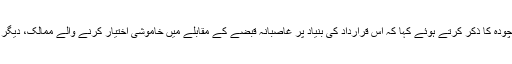
انہوں نے اقوام متحدہ کی جنرل اسمبلی کی قرارداد تینتیس چودہ کا ذکر کرتے ہوئے کہا کہ اس قرارداد کی بنیاد پر غاصبانہ قبضے کے مقابلے میں خاموشی اختیار کرنے والے ممالک، دیگر قوموں اور ملکوں پر ہونے والی جارحیت میں شریک ہیں۔